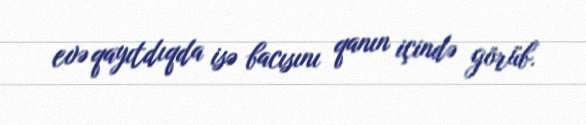
evə qayıtdıqda isə bacısını qanın içində görüb.